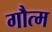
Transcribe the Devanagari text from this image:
गौत्म